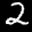
Label: 2